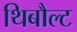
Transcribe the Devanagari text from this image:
थिबौल्ट